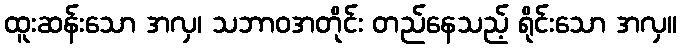
ထူးဆန်းသော အလှ၊ သဘာဝအတိုင်း တည်နေသည့် ရိုင်းသော အလှ။